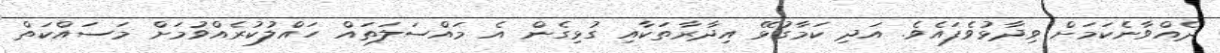
ދެއްވާނެކަމަށް ވިދާޅުވެފައެވެ. އަދި ކަމާގުޅޭ އިދާރާތަކާއި ގުޅިގެން އެ މައްސަލަތައް ހައްލުކުރެއްވުމަަށް މަސައްކަތް